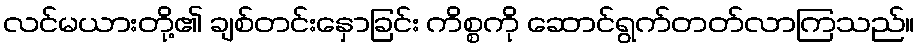
လင်မယားတို့၏ ချစ်တင်းနှောခြင်း ကိစ္စကို ဆောင်ရွက်တတ်လာကြသည်။